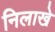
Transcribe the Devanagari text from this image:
निलाखे